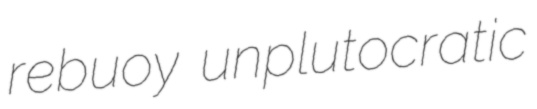
rebuoy unplutocratic